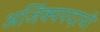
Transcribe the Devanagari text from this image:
अजिंक्यपदाची